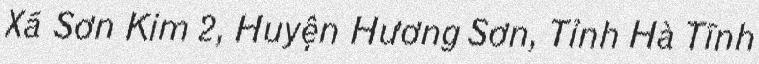
Xã Sơn Kim 2, Huyện Hương Sơn, Tỉnh Hà Tĩnh